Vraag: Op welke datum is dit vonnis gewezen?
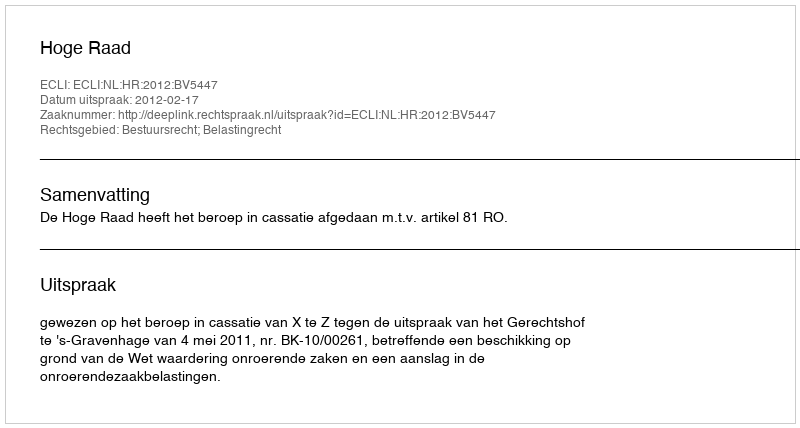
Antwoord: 2012-02-17